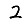
Digit: 2